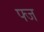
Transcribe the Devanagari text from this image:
फ्ज